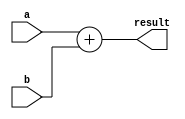
module continuous_assign_example (
  input a,
  input b,
  output reg result
);

always @*
begin
  result = a + b;
end

endmodule